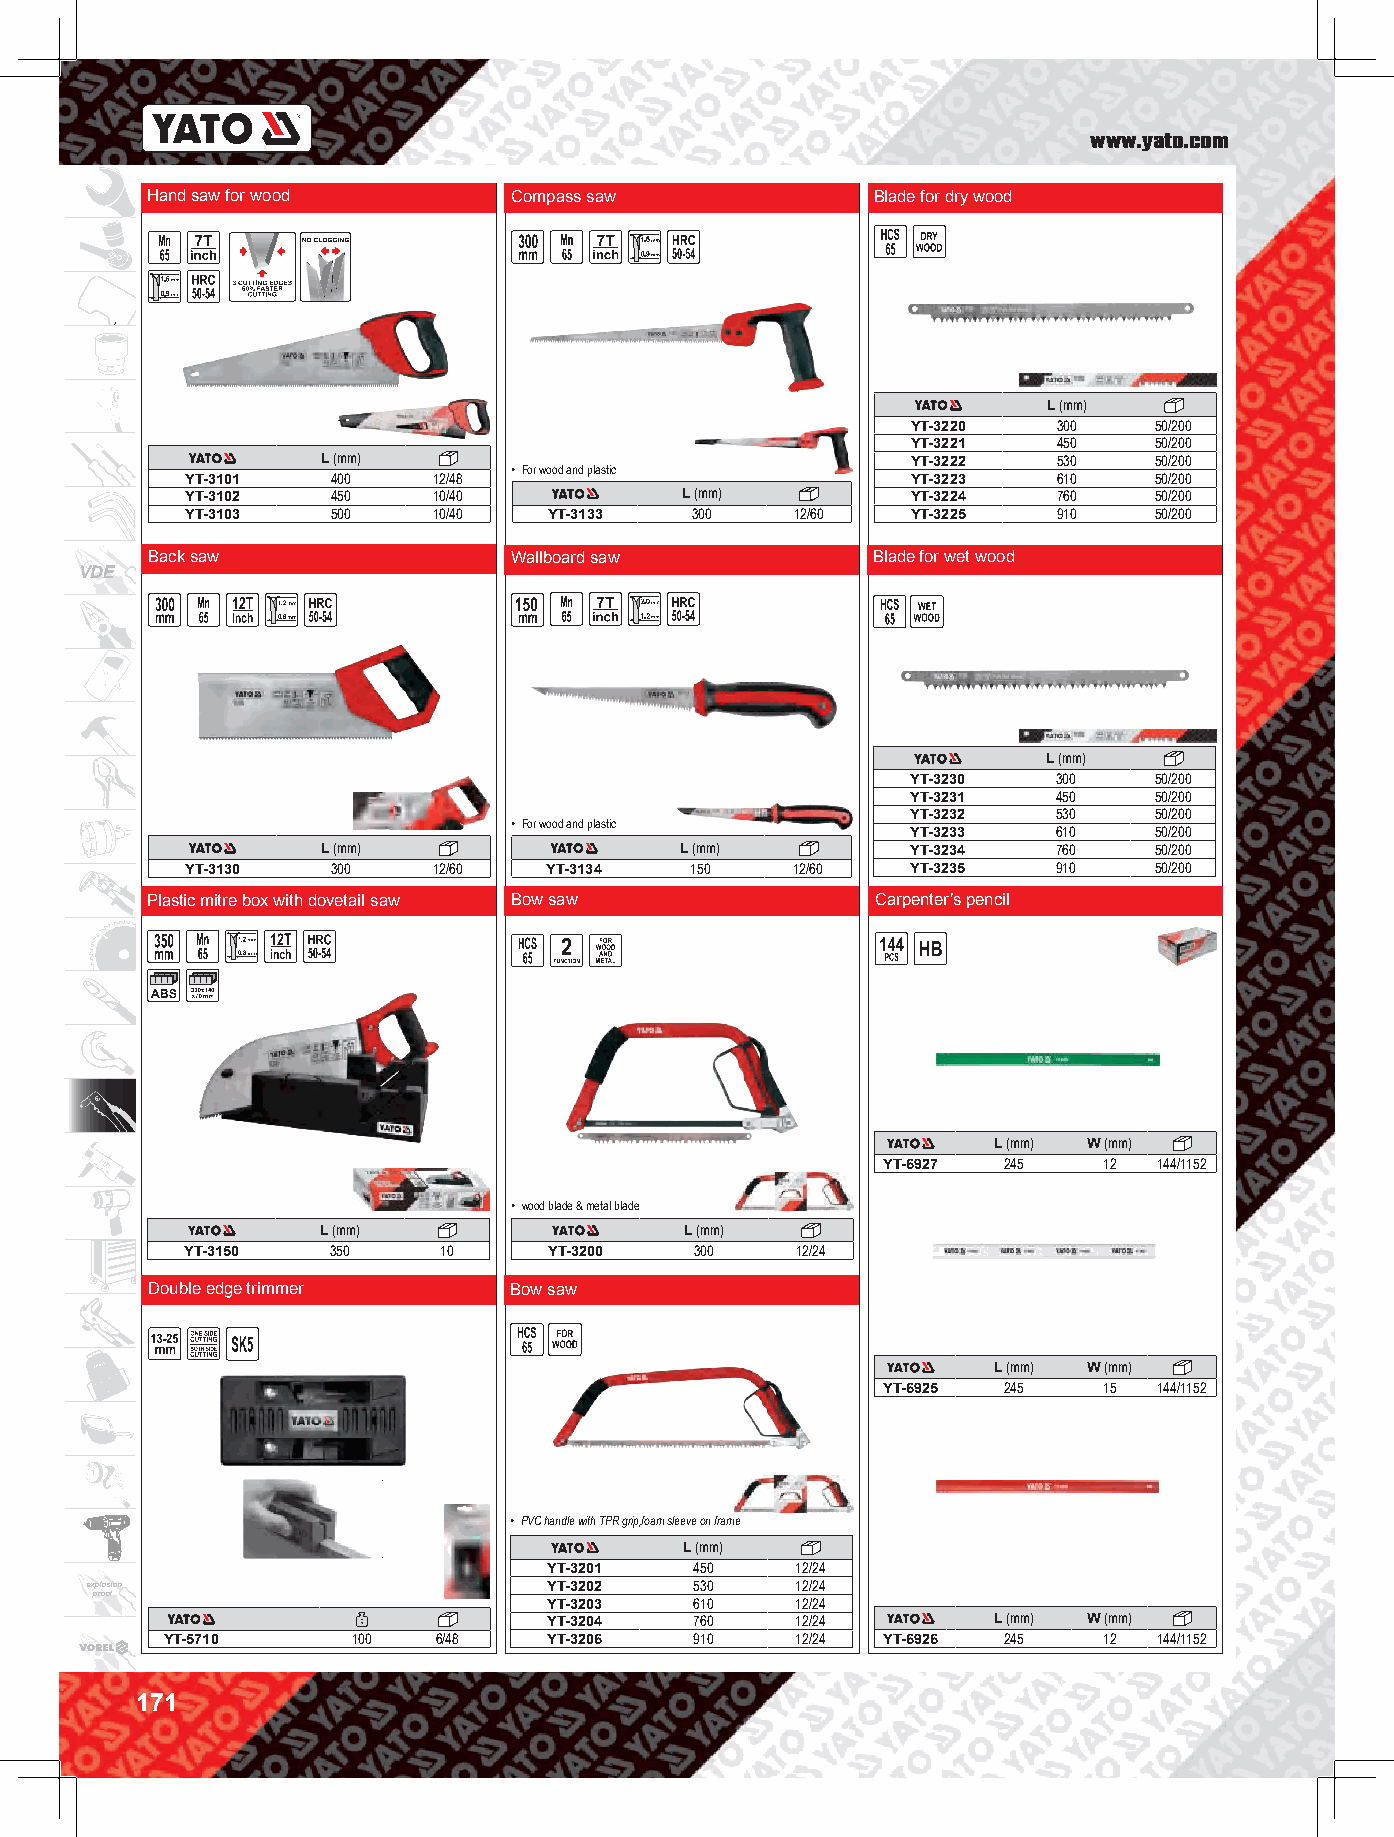
www.yato.com
 Hand saw for wood       Compass saw             Blade for dry wood
 L (mm)
 YT-3220   300   50/200
 YT-3221   450   50/200
 L (mm)                                 YT-3222   530   50/200
 • For wood and plastic
 YT-3101   400    12/48                          YT-3223   610   50/200
 YT-3102   450    10/40           L (mm)         YT-3224   760   50/200
 YT-3103   500    10/40  YT-3133   300    12/60  YT-3225   910   50/200
 Back saw                Wallboard saw           Blade for wet wood
 VDE
 L (mm)
 YT-3230   300   50/200
 YT-3231   450   50/200
 YT-3232   530   50/200
 • For wood and plastic
 YT-3233   610   50/200
 L (mm)                  L (mm)         YT-3234   760   50/200
 YT-3130   300    12/60  YT-3134   150   12/60   YT-3235   910   50/200
 Plastic mitre box with dovetail saw Bow saw     Carpenter’s pencil
 L (mm) W (mm)
 YT-6927 245    12  144/1152
 • wood blade & metal blade
 L (mm)                  L (mm)
 YT-3150   350    10     YT-3200   300    12/24
 Double edge trimmer     Bow saw
 L (mm) W (mm)
 YT-6925 245    15  144/1152
 • PVC handle with TPR grip,foam sleeve on frame
 L (mm)
 YT-3201   450    12/24
 explosion                     YT-3202   530    12/24
 proof
 YT-3203   610    12/24
 YT-3204   760    12/24        L (mm) W (mm)
 YT-5710     100   6/48   YT-3206   910    12/24 YT-6926 245   12  144/1152
 171